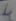
Text: 4